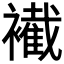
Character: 𧞛